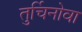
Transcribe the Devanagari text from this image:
तुर्चिनोवा